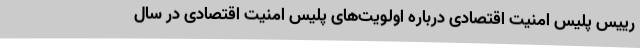
رییس پلیس امنیت اقتصادی درباره اولویت‌های پلیس امنیت اقتصادی در سال